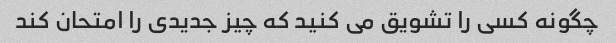
چگونه کسی را تشویق می کنید که چیز جدیدی را امتحان کند